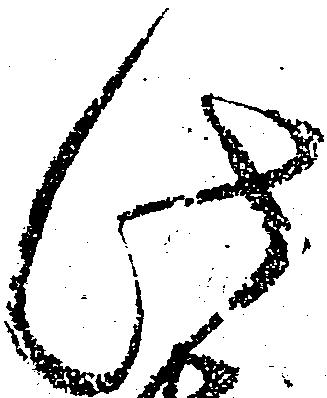
此